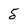
Character: 5